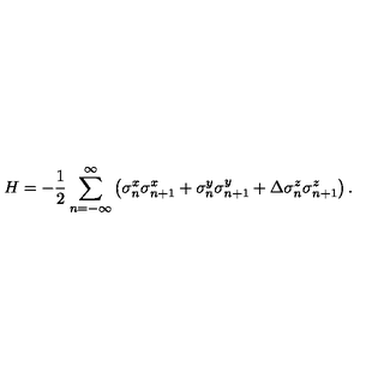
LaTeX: H = - \frac { 1 } { 2 } \sum _ { n = - \infty } ^ { \infty } \left( \sigma _ { n } ^ { x } \sigma _ { n + 1 } ^ { x } + \sigma _ { n } ^ { y } \sigma _ { n + 1 } ^ { y } + \Delta \sigma _ { n } ^ { z } \sigma _ { n + 1 } ^ { z } \right) .